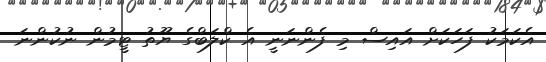
އެކަމަކު ފަހަކަށް އައިސް މި ފެންނަނީ އެ ކްލަބްގެ ޔޫތު ޓީމުން ނުކުންނަ